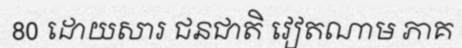
80 ដោយសារ ជនជាតិ វៀតណាម ភាគ